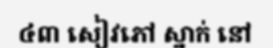
៤៣ សៀវភៅ ស្នាក់ នៅ